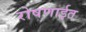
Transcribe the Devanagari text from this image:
रोषणाईत